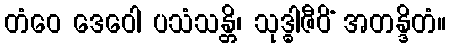
တံဝေ ဒေဝေါ ပသံသန္တိ၊ သုဒ္ဓါဇီဝိံ အတန္ဒိတံ။